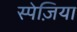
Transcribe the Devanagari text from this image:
स्पेज़िया